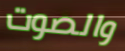
والصوت